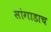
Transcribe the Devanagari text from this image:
सांगाडाच